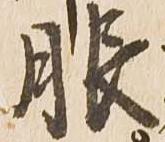
服